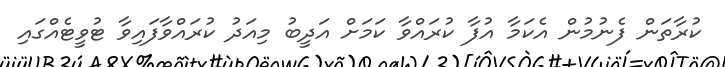
ކުރާތަން ފެނުމުން އެކަމާ އުފާ ކުރައްވާ ކަމަށް އަދީބު މިއަދު ކުރައްވާފައިވާ ޓުވީޓެއްގައި